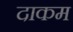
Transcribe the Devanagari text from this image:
दाकम